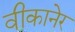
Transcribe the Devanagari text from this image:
वीकानेर